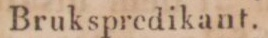
Brukspredikant.